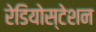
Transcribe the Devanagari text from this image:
रेडियोस्टेशन